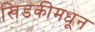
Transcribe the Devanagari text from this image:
खिडकीमधून